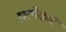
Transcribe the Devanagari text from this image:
छापेकार